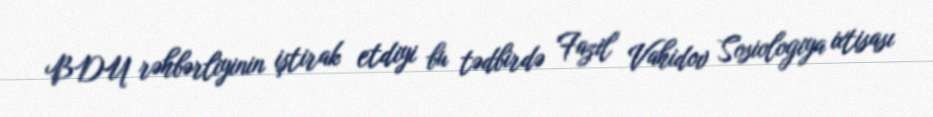
BDU rəhbərliyinin iştirak etdiyi bu tədbirdə Fazil Vahidov Sosiologiya ixtisası